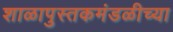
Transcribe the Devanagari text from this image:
शाळापुस्तकमंडळीच्या